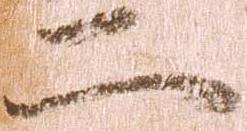
二